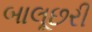
બાલૂછરી